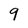
Character: 9